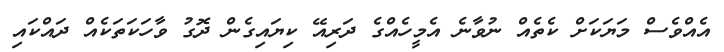
އެއްވެސް މަޔަކަށް ކެތެއް ނުވާނެ އެމީހެއްގެ ދަރިއޭ ކިޔައިގެން ދޮގު ވާހަކަތަކެއް ދައްކައި